Report on vaccination North-West Frontier Province 1904-1922 - 1904-1922
Year: 1904
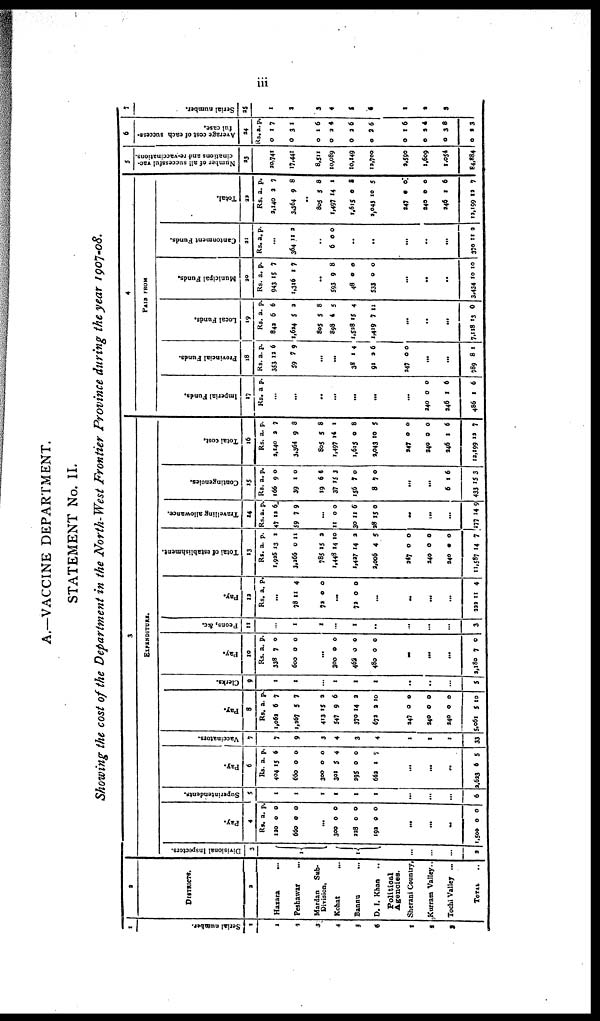
iii
A.—VACCINE DEPARTMENT.
STATEMENT No. II.
Showing the cost of the Department in the North-West Frontier Province during the year 1907-08.
1
Serial number.
1
1
2
3
4
5
6
7
8
9
2
DISTRICTS.
2
Hazara
...
Peshawar ...
Mardan
Sub-
Division.
Kohat ...
Bannu
...
D. I. Khan
...
Political
Agencies.
Sherani Country,
Kurram Valley..
Tochi Valley ...
TOTAL ...
3
EXPENDITURE.
Divisional Inspectors.
3
1
1
...
...
...
2
Pay.
4
Rs.
120
660
a.
0
0
p.
0
0
...
300
228
192
0
0
0
0
0
0
...
...
...
1,500 0 0
Superintendents.
5
1
1
1
1
1
1
...
...
...
6
Pay.
6
Rs.
404
660
300
301
295
662
a.
15
0
0
5
0
1
p.
6
0
0
4
0
7
...
...
...
2,623 6 5
Vaccinators.
7
7
9
3
4
3
4
1
1
1
33
Pay.
8
Rs.
1,062
1,267
413
547
370
672
a.
6
5
15
9
14
2
p.
7
7
2
6
2
10
247
240
240
5,061
0
0
0
5
0
0
0
10
Clerks.
9
1
1
...
1
1
1
...
...
...
5
Pay.
10
Rs.
338
600
a.
7
0
p.
0
0
...
300
462
480
0
0
0
0
0
0
...
...
...
2,180 7 0
Peons, &c.
11
...
1
1
...
1
..
...
...
...
3
Pay.
12
Rs. a. p.
...
78
72
11
0
4
0
...
72 0 0
...
...
...
...
222 11 4
Total of establishment.
13
Rs.
1,925
3,266
785
1,448
1,427
2,006
a.
13
0
15
14
14
4
p.
1
11
2
10
2
5
247
240
240
11,587
0
0
0
14
0
0
0
7
Travelling allowance.
14
Rs.
47
59
a.
12
7
p.
6
9
...
11
30
28
0
11
15
0
6
0
...
...
...
177 14 9
Contingencies.
15
Rs.
166
39
19
37
156
8
a.
9
1
6
15
7
7
p.
0
0
5
3
0
0
...
...
6
433
1
15
6
3
Total cost.
16
Rs.
2,140
3,364
805
1,497
1,615
2,043
a.
2
9
5
14
0
10
p.
7
8
8
1
8
5
247
240
246
12,199
0
0
1
12
0
0
6
7
4
PAID FROM
Imperial Funds.
17
Rs. a. p.
...
...
..
...
...
...
...
240
246
486
0
1
1
0
6
6
Provincial Funds.
18
Rs.
353
59
a.
12
7
p.
6
9
...
...
38
91
1
2
4
6
247 0 0
...
...
789 8 1
Local Funds.
19
Rs.
842
1,624
805
898
1,528
1,419
a.
6
5
5
4
15
7
p.
6
2
8
5
4
11
...
...
...
7,118 13 0
Municipal Funds.
20
Rs.
943
1,316
a.
15
1
p.
7
7
..
593
48
533
9
0
0
8
0
0
...
...
...
3,434 10 10
Cantonment Funds.
21
Rs. a. p.
...
364 11 2
..
6 0 0
...
...
...
...
...
370 11 2
Total.
22
Rs.
2,140
3,364
805
1,497
1,615
2,043
a.
2
9
5
14
0
10
p.
7
8
8
1
3
5
247
240
246
13,199
0
0
1
19
0
0
6
7
5
Number of all successful vac-
cinations and re-vaccinations.
23
20,741
17,441
8,511
10,089
10,149
12,700
2,590
1,609
1,054
84,884
6
Average cost of each success-
ful case.
24
Rs.
0
0
0
0
0
0
a.
1
3
1
2
2
2
p.
7
1
6
4
6
6
0
0
0
0
1
2
3
2
6
4
8
3
7
Serial number.
25
1
2
3
4
5
6
7
8
9